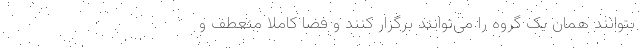
بتوانند همان یک گروه را می‌توانند برگزار کنند و فضا کاملا منعطف و